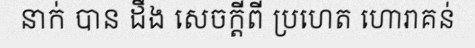
នាក់ បាន ដឹង សេចក្តីពី ប្រហេត ហោរាគន់